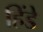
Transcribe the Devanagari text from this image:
हिंडे